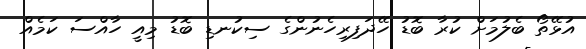
އުޅޭތޯ ބެލުމަށް ކުރާ ބޮޑު ހޭދަފިރިހެނުންގެ ސިކުނޑި ބޮޑު މިއީ ހާއްސަ ކަމެއް